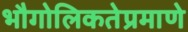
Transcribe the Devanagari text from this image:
भौगोलिकतेप्रमाणे